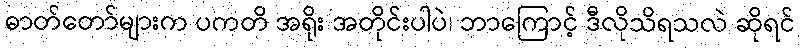
ဓာတ်တော်များက ပကတိ အရိုး အတိုင်းပါပဲ၊ ဘာကြောင့် ဒီလိုသိရသလဲ ဆိုရင်